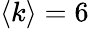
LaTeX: \langle k\rangle=6